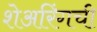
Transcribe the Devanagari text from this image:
शेअरिंगची